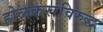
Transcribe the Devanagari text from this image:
होळकरांविरुद्ध